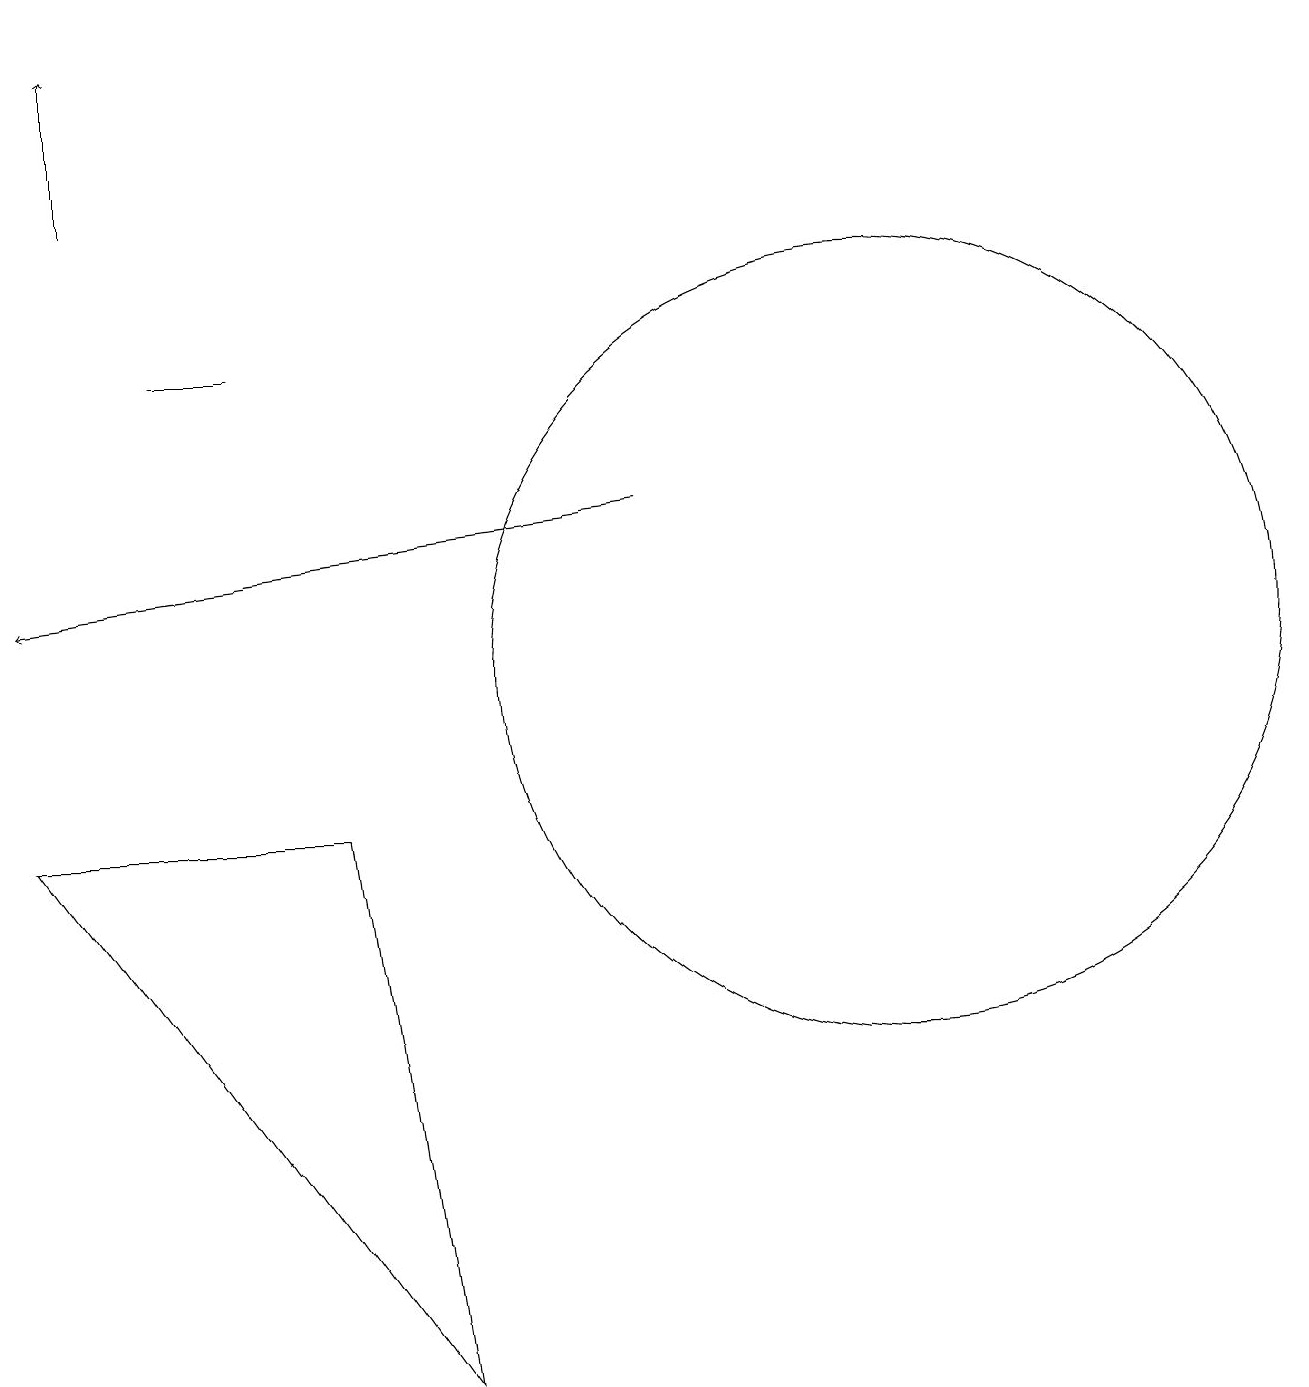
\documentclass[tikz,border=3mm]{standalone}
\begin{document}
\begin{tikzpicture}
\draw (11,11) circle (5);
\draw[->] (1,17) -- (1,19);
\draw[->] (8,13) -- (0,12);
\draw (4,9) -- (0,9) -- (5,2) -- cycle;
\draw (2,15) rectangle (3,15);
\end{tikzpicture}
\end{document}